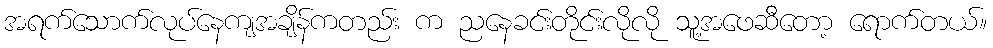
အရက်သောက်လုပ်နေကျအချိန်ကတည်း က ညနေခင်းတိုင်းလိုလို သူ့အဖေဆီတော့ ရောက်တယ်။